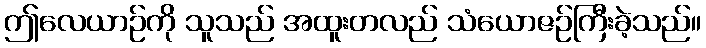
ဤလေယာဉ်ကို သူသည် အထူးတလည် သံယောဇဉ်ကြီးခဲ့သည်။